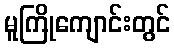
မူကြိုကျောင်းတွင်